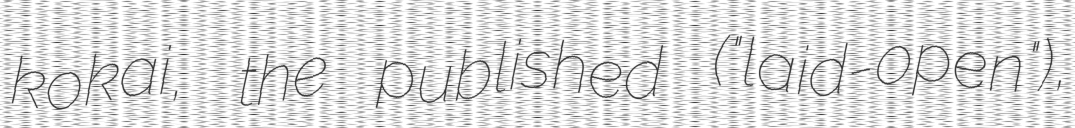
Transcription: kokai, the published ("laid-open"),